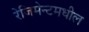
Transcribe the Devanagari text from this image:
रेजिमेन्टमधील